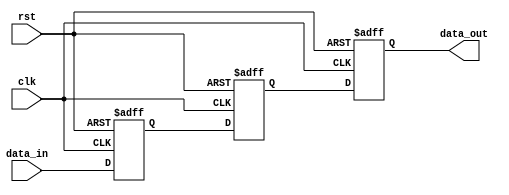
module IO_Buffer (
    input wire clk,
    input wire rst,
    input wire data_in,
    output reg data_out
);

reg buffer;
reg compensation;

always @(posedge clk or posedge rst) begin
    if (rst) begin
        buffer <= 0;
        data_out <= 0;
        compensation <= 0;
    end else begin
        compensation <= data_in;
        buffer <= compensation;
        data_out <= buffer;
    end
end

endmodule